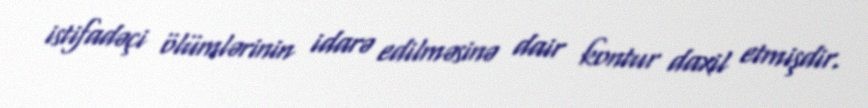
istifadəçi ölümlərinin idarə edilməsinə dair kontur daxil etmişdir.